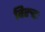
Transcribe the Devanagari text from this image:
विरुद्दः